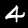
Label: 4